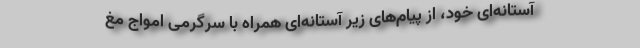
آستانه‌ای خود، از پیام‌های زیر آستانه‌ای همراه با سرگرمی امواج مغ